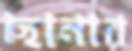
ছানার